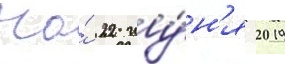
На́ 22 иу́н'я 2019